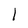
Character: l